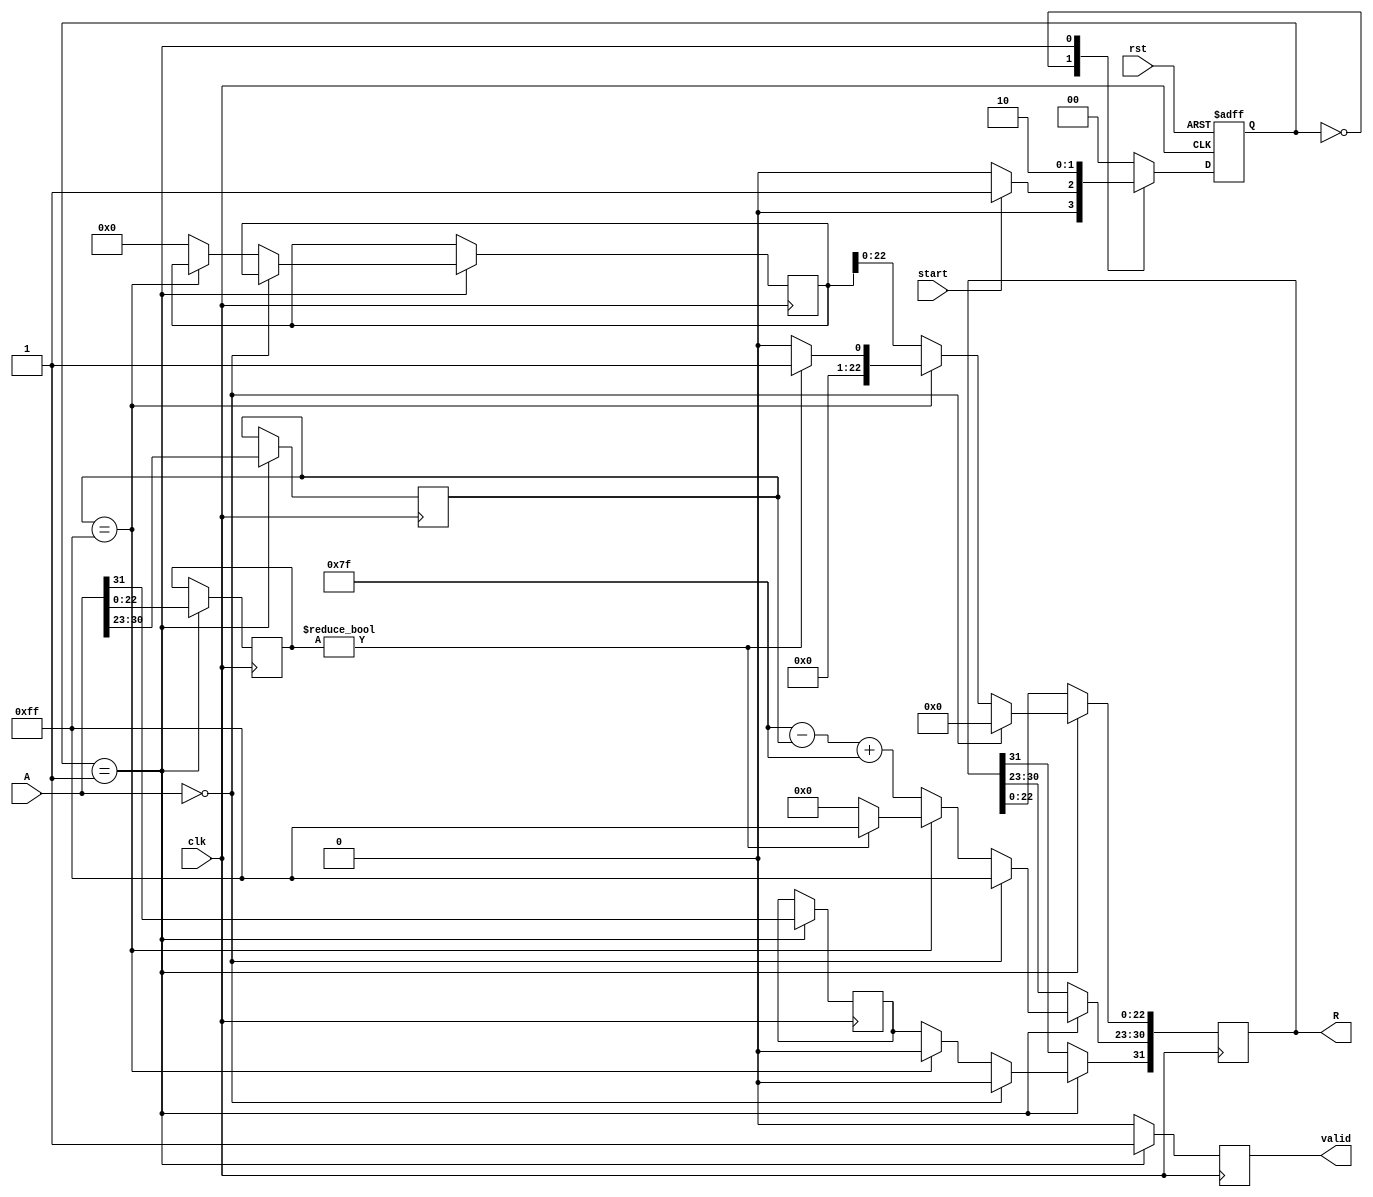
module floating_point_reciprocal (
    input wire [31:0] A,         // 32-bit input floating-point number
    output reg [31:0] R,         // 32-bit output floating-point reciprocal
    input wire clk,              // Clock signal
    input wire rst,              // Reset signal
    input wire start,            // Start signal for computation
    output reg valid             // Valid output signal
);

// Internal signals
reg [7:0] exponent;             // Exponent part of the input
reg [22:0] mantissa;           // Mantissa part of the input
reg sign;                      // Sign bit of input
reg [31:0] reciprocal;         // Raw reciprocal value computation
reg [31:0] normalized;         // Normalized mock value for reciprocal

// State machine states
parameter IDLE = 2'b00, COMPUTE = 2'b01, FINISH = 2'b10;
reg [1:0] state, next_state;

// Constants
localparam BIAS = 127;
localparam EXPONENT_MAX = 255;

// Combinational logic for state transitions
always @(*) begin
    case (state)
        IDLE: 
            if (start) 
                next_state = COMPUTE;
            else 
                next_state = IDLE;
        COMPUTE: 
            next_state = FINISH;
        FINISH: 
            next_state = IDLE;
        default: 
            next_state = IDLE;
    endcase
end

// Sequential logic for state update
always @(posedge clk or posedge rst) begin
    if (rst) 
        state <= IDLE;
    else 
        state <= next_state;
end

// Compute reciprocal on COMPUTE state
always @(posedge clk) begin
    if (state == COMPUTE) begin
        // Unpack the input floating-point number
        sign <= A[31];            // Extract sign
        exponent <= A[30:23];     // Extract exponent
        mantissa <= A[22:0];      // Extract mantissa

        // Handle special cases
        if (A == 32'b0) begin
            // Input is zero, output should be infinity (or NaN as per requirement)
            R <= {1'b0, EXPONENT_MAX, 23'b0}; // Setting R to +Infinity
            valid <= 1'b1;
        end else if (exponent == EXPONENT_MAX) begin
            // Input is infinity or NaN
            if (mantissa != 23'b0) begin
                // NaN case
                R <= {1'b0, EXPONENT_MAX, 23'b1}; // NaN
            end else begin
                // Infinity case
                R <= 32'b0; // Zero for reciprocal of infinity
            end
            valid <= 1'b1;
        end else begin
            // Normalize input if necessary
            if (exponent == 0) begin
                // Denormalized number (assume direct handling here)
                normalized <= {1'b0, 8'd1, mantissa}; // Normalizing
            end else begin
                normalized <= {1'b1, exponent, mantissa}; // Normalized input
            end
            
            // Compute reciprocal (simple iterative or approximation
            // Here we assume a generic approximation for demonstration
            reciprocal <= 32'b0; // Proper implementation of reciprocal logic goes here
            
            // Adjust exponent
            R[30:23] <= BIAS - exponent + BIAS; // Adjusted exponent
            R[22:0] <= reciprocal[22:0]; // Simple placeholder
            
            // Set the sign of the output (magnitude)
            R[31] <= sign; // Important: Negate sign if needed, see full logic
            
            valid <= 1'b1; // Indicate that output is valid
        end
    end else begin
        valid <= 1'b0; // Reset valid signal when not computing
    end
end

endmodule